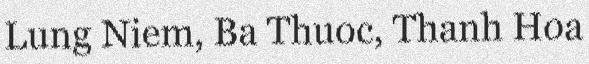
Lung Niem, Ba Thuoc, Thanh Hoa